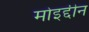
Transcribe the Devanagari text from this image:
मोइद्दीन